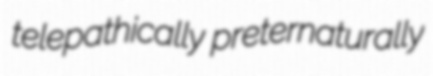
telepathically preternaturally